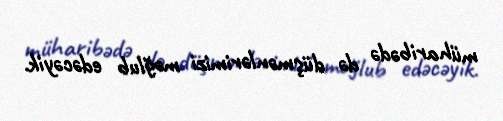
müharibədə də düşmənlərimizi məğlub edəcəyik.